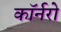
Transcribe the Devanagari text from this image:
कॉर्नरो